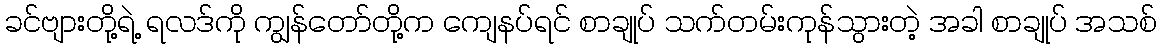
ခင်ဗျားတို့ရဲ့ ရလဒ်ကို ကျွန်တော်တို့က ကျေနပ်ရင် စာချုပ် သက်တမ်းကုန်သွားတဲ့ အခါ စာချုပ် အသစ်